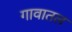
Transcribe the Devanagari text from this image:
गावातल